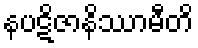
နပဋိဇာနိဿာမီတိ